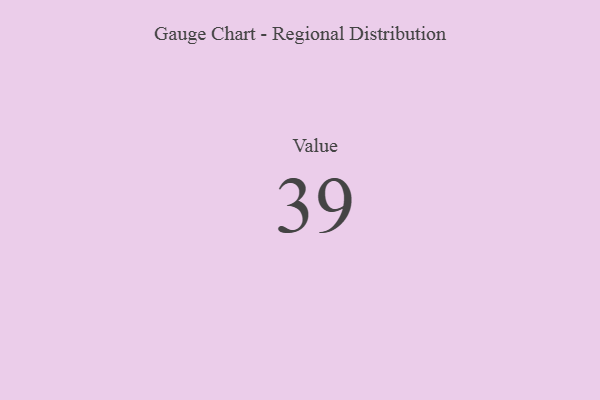
{"axis": {"x": "Metric", "y": "Value"}, "legend": [""], "data": [{"x": "Value", "y": 39, "type": ""}]}